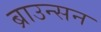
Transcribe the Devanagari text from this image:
ब्राउन्सन